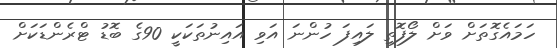
ހަމައެގޮތަށް ވަށް ލޯފޮތި ލައިފަ ހުންނަ އަވި އައިނުތަކަކީ 90ގެ ބޮޑު ޓްރެންޑަކަށް